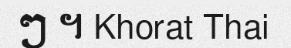
ៗ ។ Khorat Thai